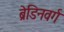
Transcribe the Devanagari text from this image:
ब्रेडिनवर्ग